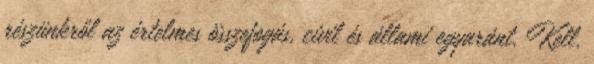
részünkről az értelmes összefogás, civil és állami egyaránt. Kell,